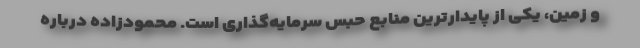
و زمین، یکی از پایدارترین منابع حبس سرمایه‌گذاری است. محمودزاده درباره